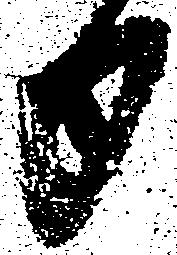
日